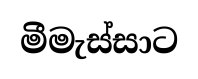
මීමැස්සාට